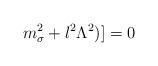
LaTeX: \begin{align*}m_{\sigma}^2 + l^2 \Lambda^2)] =0\\\end{align*}